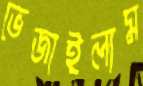
ভেজাইলাম